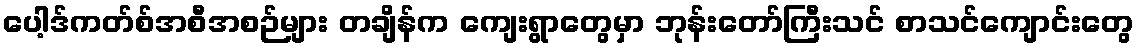
ပေါ့ဒ်ကတ်စ်အစီအစဉ်များ တချိန်က ကျေးရွာတွေမှာ ဘုန်းတော်ကြီးသင် စာသင်ကျောင်းတွေ